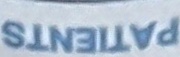
PATIENTS